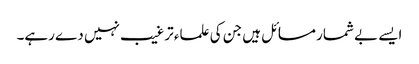
ایسے بے شمار مسائل ہیں جن کی علماء ترغیب نہیں دے رہے۔